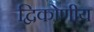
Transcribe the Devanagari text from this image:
द्विकोणीय